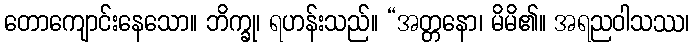
တောကျောင်းနေသော။ ဘိက္ခု၊ ရဟန်းသည်။ “အတ္တနော၊ မိမိ၏။ အရညဝါသဿ၊